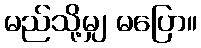
မည်သို့မျှ မပြော။